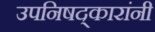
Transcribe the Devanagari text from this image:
उपनिषद्‌कारांनी